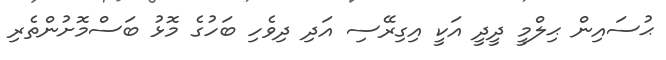
ޙުސައިން ޙިލްމީ ދީދީ އަކީ އިގިރޭސި އަދި ދިވެހި ބަހުގެ މޮޅު ބަސްމޮށުންތެރި